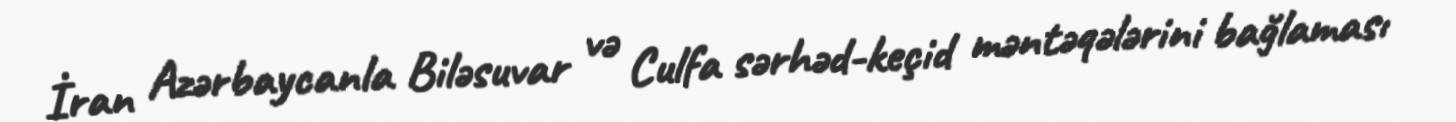
İran Azərbaycanla Biləsuvar və Culfa sərhəd-keçid məntəqələrini bağlaması